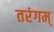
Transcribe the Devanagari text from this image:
तरंगम्